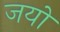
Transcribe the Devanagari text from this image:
जयों